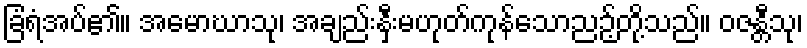
ခြံရံအပ်၏။ အမောဃာသု၊ အချည်းနှီးမဟုတ်ကုန်သောညဉ့်တို့သည်။ ဝဇန္တီသု၊